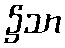
၌သာ